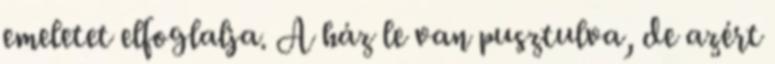
emeletet elfoglalja. A ház le van pusztulva, de azért